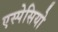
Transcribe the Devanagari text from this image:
एस्पेसियो